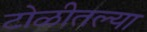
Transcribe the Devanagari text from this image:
टोळीतल्या